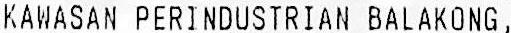
KAWASAN PERINDUSTRIAN BALAKONG,